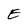
Character: E